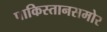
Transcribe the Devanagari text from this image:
पाकिस्तानसमोर